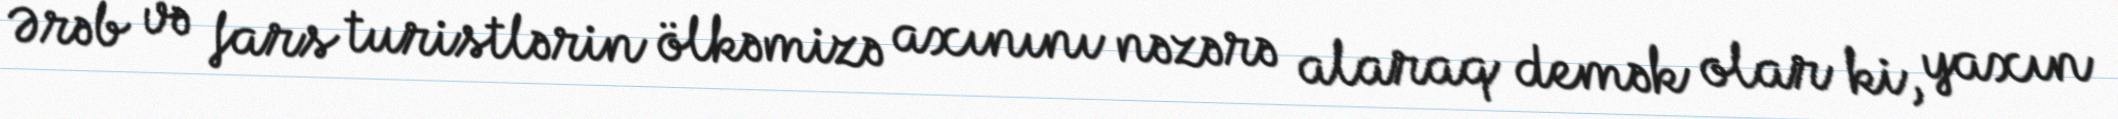
Ərəb və fars turistlərin ölkəmizə axınını nəzərə alaraq demək olar ki, yaxın